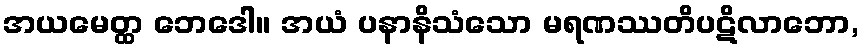
အယမေတ္ထ ဘေဒေါ။ အယံ ပနာနိသံသော မရဏဿတိပဋိလာဘော,